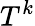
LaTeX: T^{k}